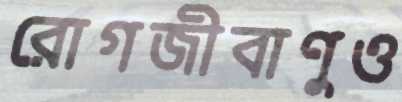
রোগজীবাণুও